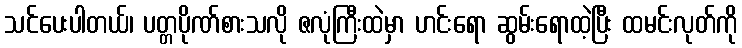
သင်ပေးပါတယ်၊ ပတ္တပိုဏ်စားသလို ဇလုံကြီးထဲမှာ ဟင်းရော ဆွမ်းရောထဲ့ပြီး ထမင်းလုတ်ကို